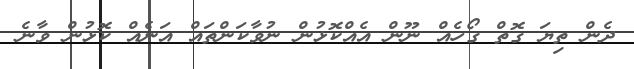
ދެން ތިޔަ ގޮތް ގޯހެއް ނޫން އެއްކޮޅުން ނުވާކަންތައް އަނެއް ކޮޅުން ވާނެ